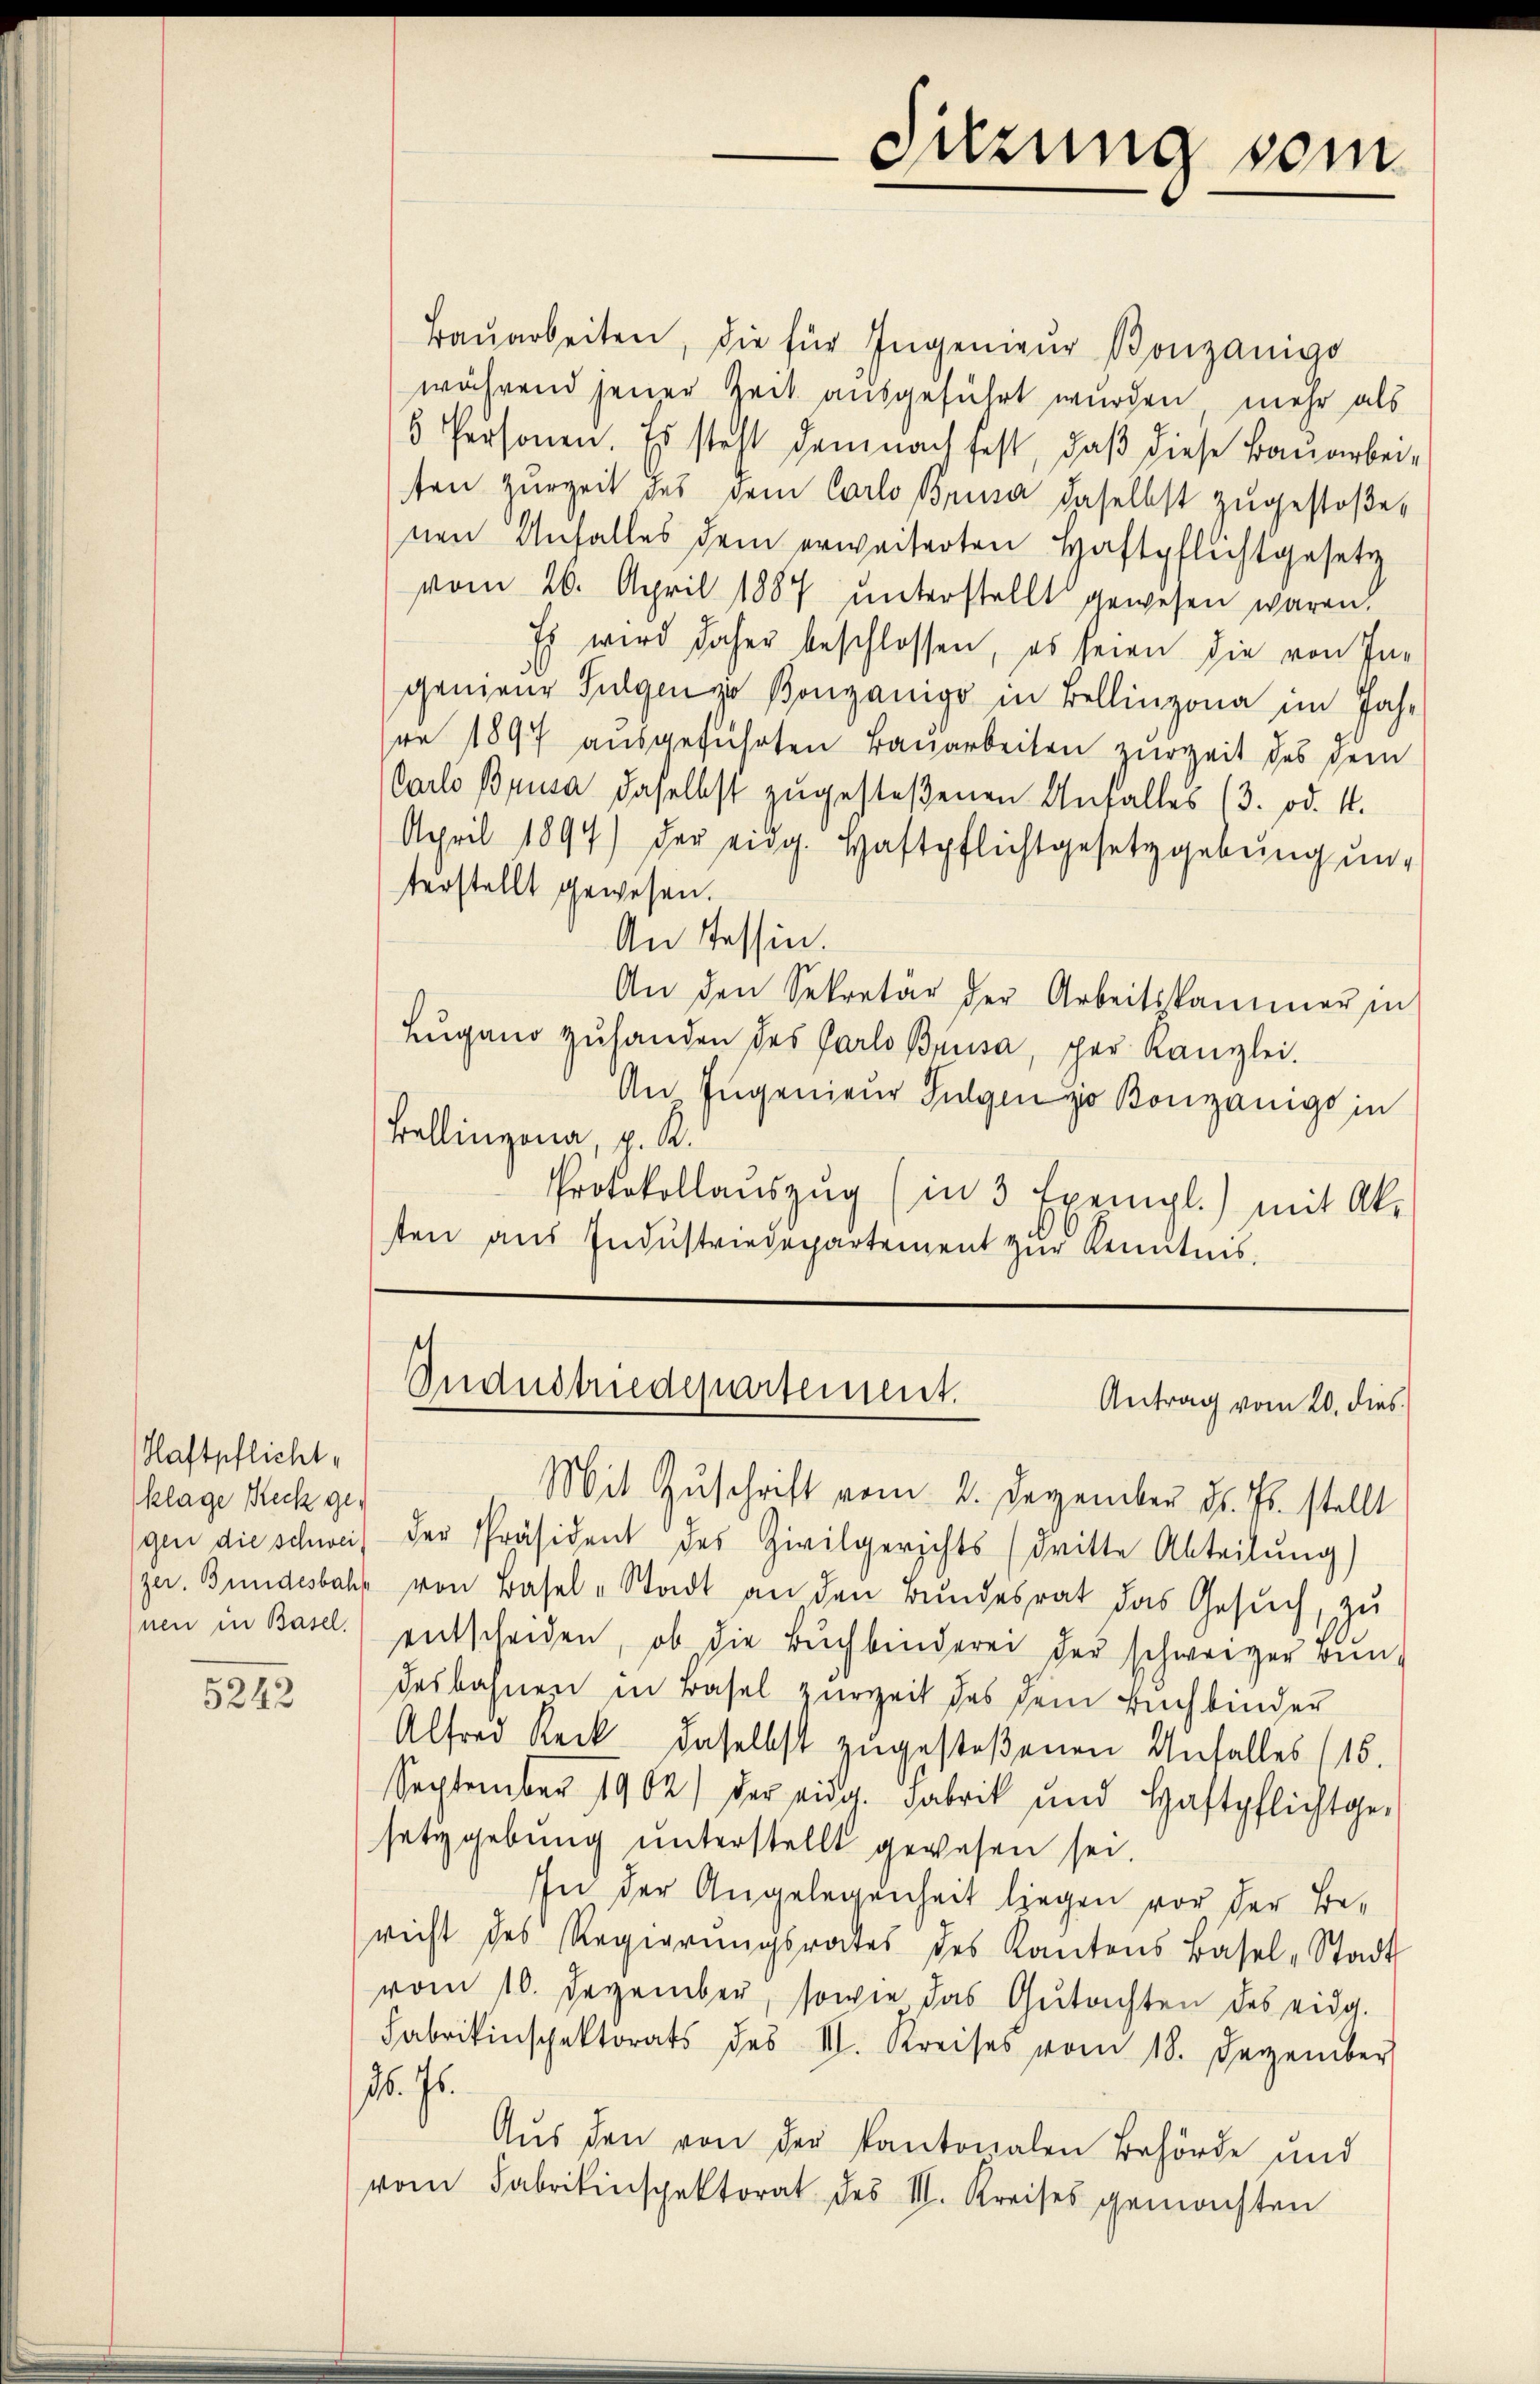
Klaftpflicht,
klage Reck ge¬

5242

Mit Zuschrift vom 2. Dezember d. Js. stellt
gen die schweis der Präsident des Zivilgerichts (dritte Abteilung)
zu. Bundesbahr von Basel-Stadt an den Bundesrat das Gesŭch, zu
nen in Basel. entscheiden, ob die Bŭchbinderei der schweiger Bun-
desbahnen in Basel zurzeit des dem Buchbinder
Alfred Reck daselbst zugestoßenen Unfall(...)(16.
September 1902) der eidg. Fabrik und Haftpflichtge-
setzgebung unterstellt gewesen sei.
In der Angelegenheit liegen vor der Bericht des Regierŭngsrates des Kantons Basel-Stadt
vom 10. Dezember, sowie das Gŭtachten des eidg.
Fabrikinspektorats des II. Kreises vom 18. Dezember
. Js.
Aus den von der Kantonalen Behörde und
vom Fabrikinspektorat des II. Kreises gemachten

Baŭarbeiten, die für Ingenieŭr Bonzanigo
während jener Zeit ausgeführt wurden, mehr als
5 Personen. Es steht demnach fest, daß diese Bauarbeiten zurzeit des dem Carlo Brusa daselbst zugestoßenen Unfalles dem erweiterten Haftpflichtgesetz
vom 26. April 1887 unterstellt gewesen waren.
Es wird daher beschlossen, es seien die von In-
genieur Sulgen zu Bonzanigo in Bellinzona im Jah-
re 1897 ausgeführten Bauarbeiten zur Zeit des dem
Carlo Brusa daselbst zŭgestoßenen Unfall(...)(3. od. 1.
Appril 1894) der eidg. Haftpflichtgesetzgebŭng ŭn-
terstellt gewesen.
An Tessin.
An den Sekretär der Arbeitskammer in
Lugano zuhanden des Parlo Brusa, per Kanzlei.
An- Ingenieur Fulgen zu Bonzanigo in
Bollinzona, p. R.
Protokollaŭszŭg (in 3 Exempl.) mit Ak-
sten aus Industriedepartement zur Kenntnis

Suzung sein

Andustriedepartement.
Antrag vom 20. dies